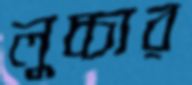
লুচ্চার